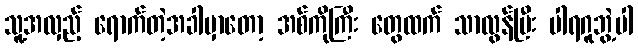
သူ့အလှည့် ရောက်တဲ့အခါမှာတော့ အစ်ကိုကြီး တွေထက် သာလွန်ပြီး ပါရဂူဘွဲ့ပါ